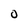
Character: O